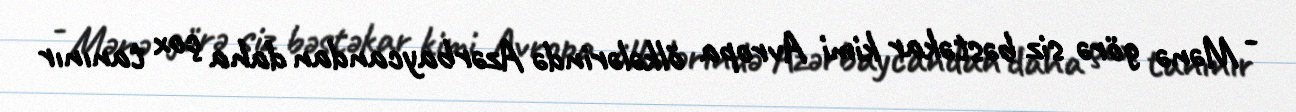
- Mənə görə siz bəstəkar kimi Avropa ölkələrində Azərbaycandan daha çox tanınır